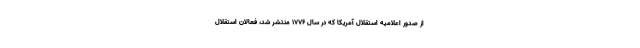
از صدور اعلامیه استقلال آمریکا که در سال ۱۷۷۶ منتشر شد، فعالان استقلال